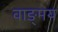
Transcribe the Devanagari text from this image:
वाङ्‍मय